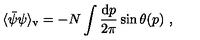
\langle \bar { \psi } \psi \rangle _ { \mathrm { v } } = - N \int \frac { \mathrm { d } p } { 2 \pi } \sin \theta ( p ) \ ,